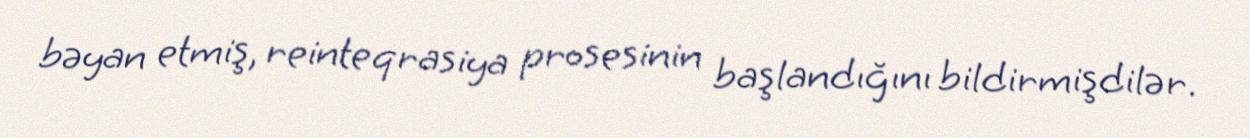
bəyan etmiş, reinteqrasiya prosesinin başlandığını bildirmişdilər.